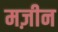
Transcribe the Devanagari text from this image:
मज़ीन